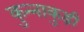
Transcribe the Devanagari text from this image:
कुन्नाकुड़ी